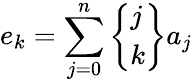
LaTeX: e_{k}=\sum_{j=0}^{n}{\left\{ \begin{array}{l}{j}\\ {k}\end{array}\right\} }a_{j}